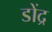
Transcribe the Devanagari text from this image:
डोंद्र